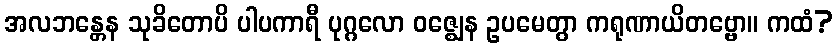
အလဘန္တေန သုခိတောပိ ပါပကာရီ ပုဂ္ဂလော ဝဇ္ဈေန ဥပမေတွာ ကရုဏာယိတဗ္ဗော။ ကထံ?